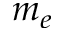
m _ { e }